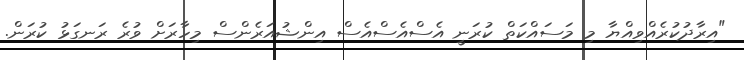
"އިރާދުކުރެއްވިއްޔާ މި މަސައްކަތް ކުރަނީ އެސްއެސްއެސް އިންޝުއަރެންސް މިހާރަށް ވުރެ ރަނގަޅު ކުރަން.